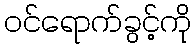
ဝင်ရောက်ခွင့်ကို